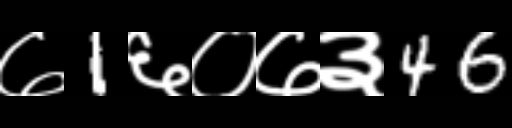
Text: ७1६०७३46